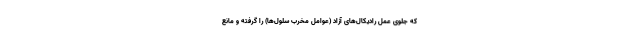
که جلوی عمل رادیکال‌های آزاد (عوامل مخرب سلول‌ها) را گرفته و مانع